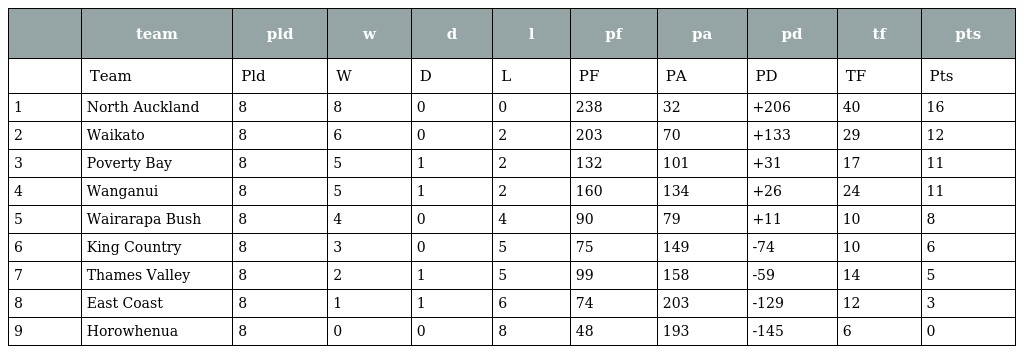
|  | team | pld | w | d | l | pf | pa | pd | tf | pts |
 | --- | --- | --- | --- | --- | --- | --- | --- | --- | --- | --- |
 |  | Team | Pld | W | D | L | PF | PA | PD | TF | Pts |
 | 1 | North Auckland | 8 | 8 | 0 | 0 | 238 | 32 | +206 | 40 | 16 |
 | 2 | Waikato | 8 | 6 | 0 | 2 | 203 | 70 | +133 | 29 | 12 |
 | 3 | Poverty Bay | 8 | 5 | 1 | 2 | 132 | 101 | +31 | 17 | 11 |
 | 4 | Wanganui | 8 | 5 | 1 | 2 | 160 | 134 | +26 | 24 | 11 |
 | 5 | Wairarapa Bush | 8 | 4 | 0 | 4 | 90 | 79 | +11 | 10 | 8 |
 | 6 | King Country | 8 | 3 | 0 | 5 | 75 | 149 | -74 | 10 | 6 |
 | 7 | Thames Valley | 8 | 2 | 1 | 5 | 99 | 158 | -59 | 14 | 5 |
 | 8 | East Coast | 8 | 1 | 1 | 6 | 74 | 203 | -129 | 12 | 3 |
 | 9 | Horowhenua | 8 | 0 | 0 | 8 | 48 | 193 | -145 | 6 | 0 |